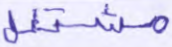
مشتغل